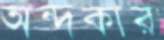
অন্দকার